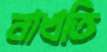
নাখতি